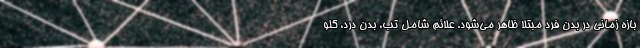
بازه زمانی در بدن فرد مبتلا ظاهر می‌شود. علائم شامل تب، بدن درد، گلو